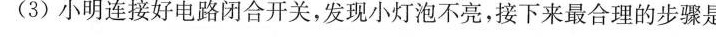
(3)小明连接好电路闭合开关，发现小灯泡不亮，接下来最合理的步骤是